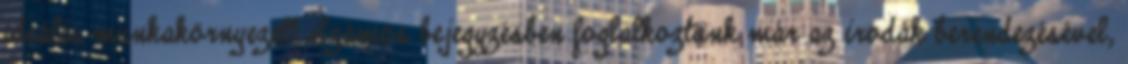
ideális munkakörnyezet? Számos bejegyzésben foglalkoztunk már az irodák berendezésével,